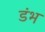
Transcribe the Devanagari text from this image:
डंभ